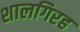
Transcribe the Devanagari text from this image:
शालगिरह